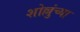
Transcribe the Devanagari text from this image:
शोल्लुंच्या